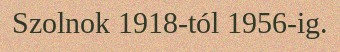
Szolnok 1918-tól 1956-ig.